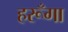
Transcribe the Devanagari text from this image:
हरूँगा